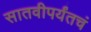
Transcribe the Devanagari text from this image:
सातवीपर्यंतचं